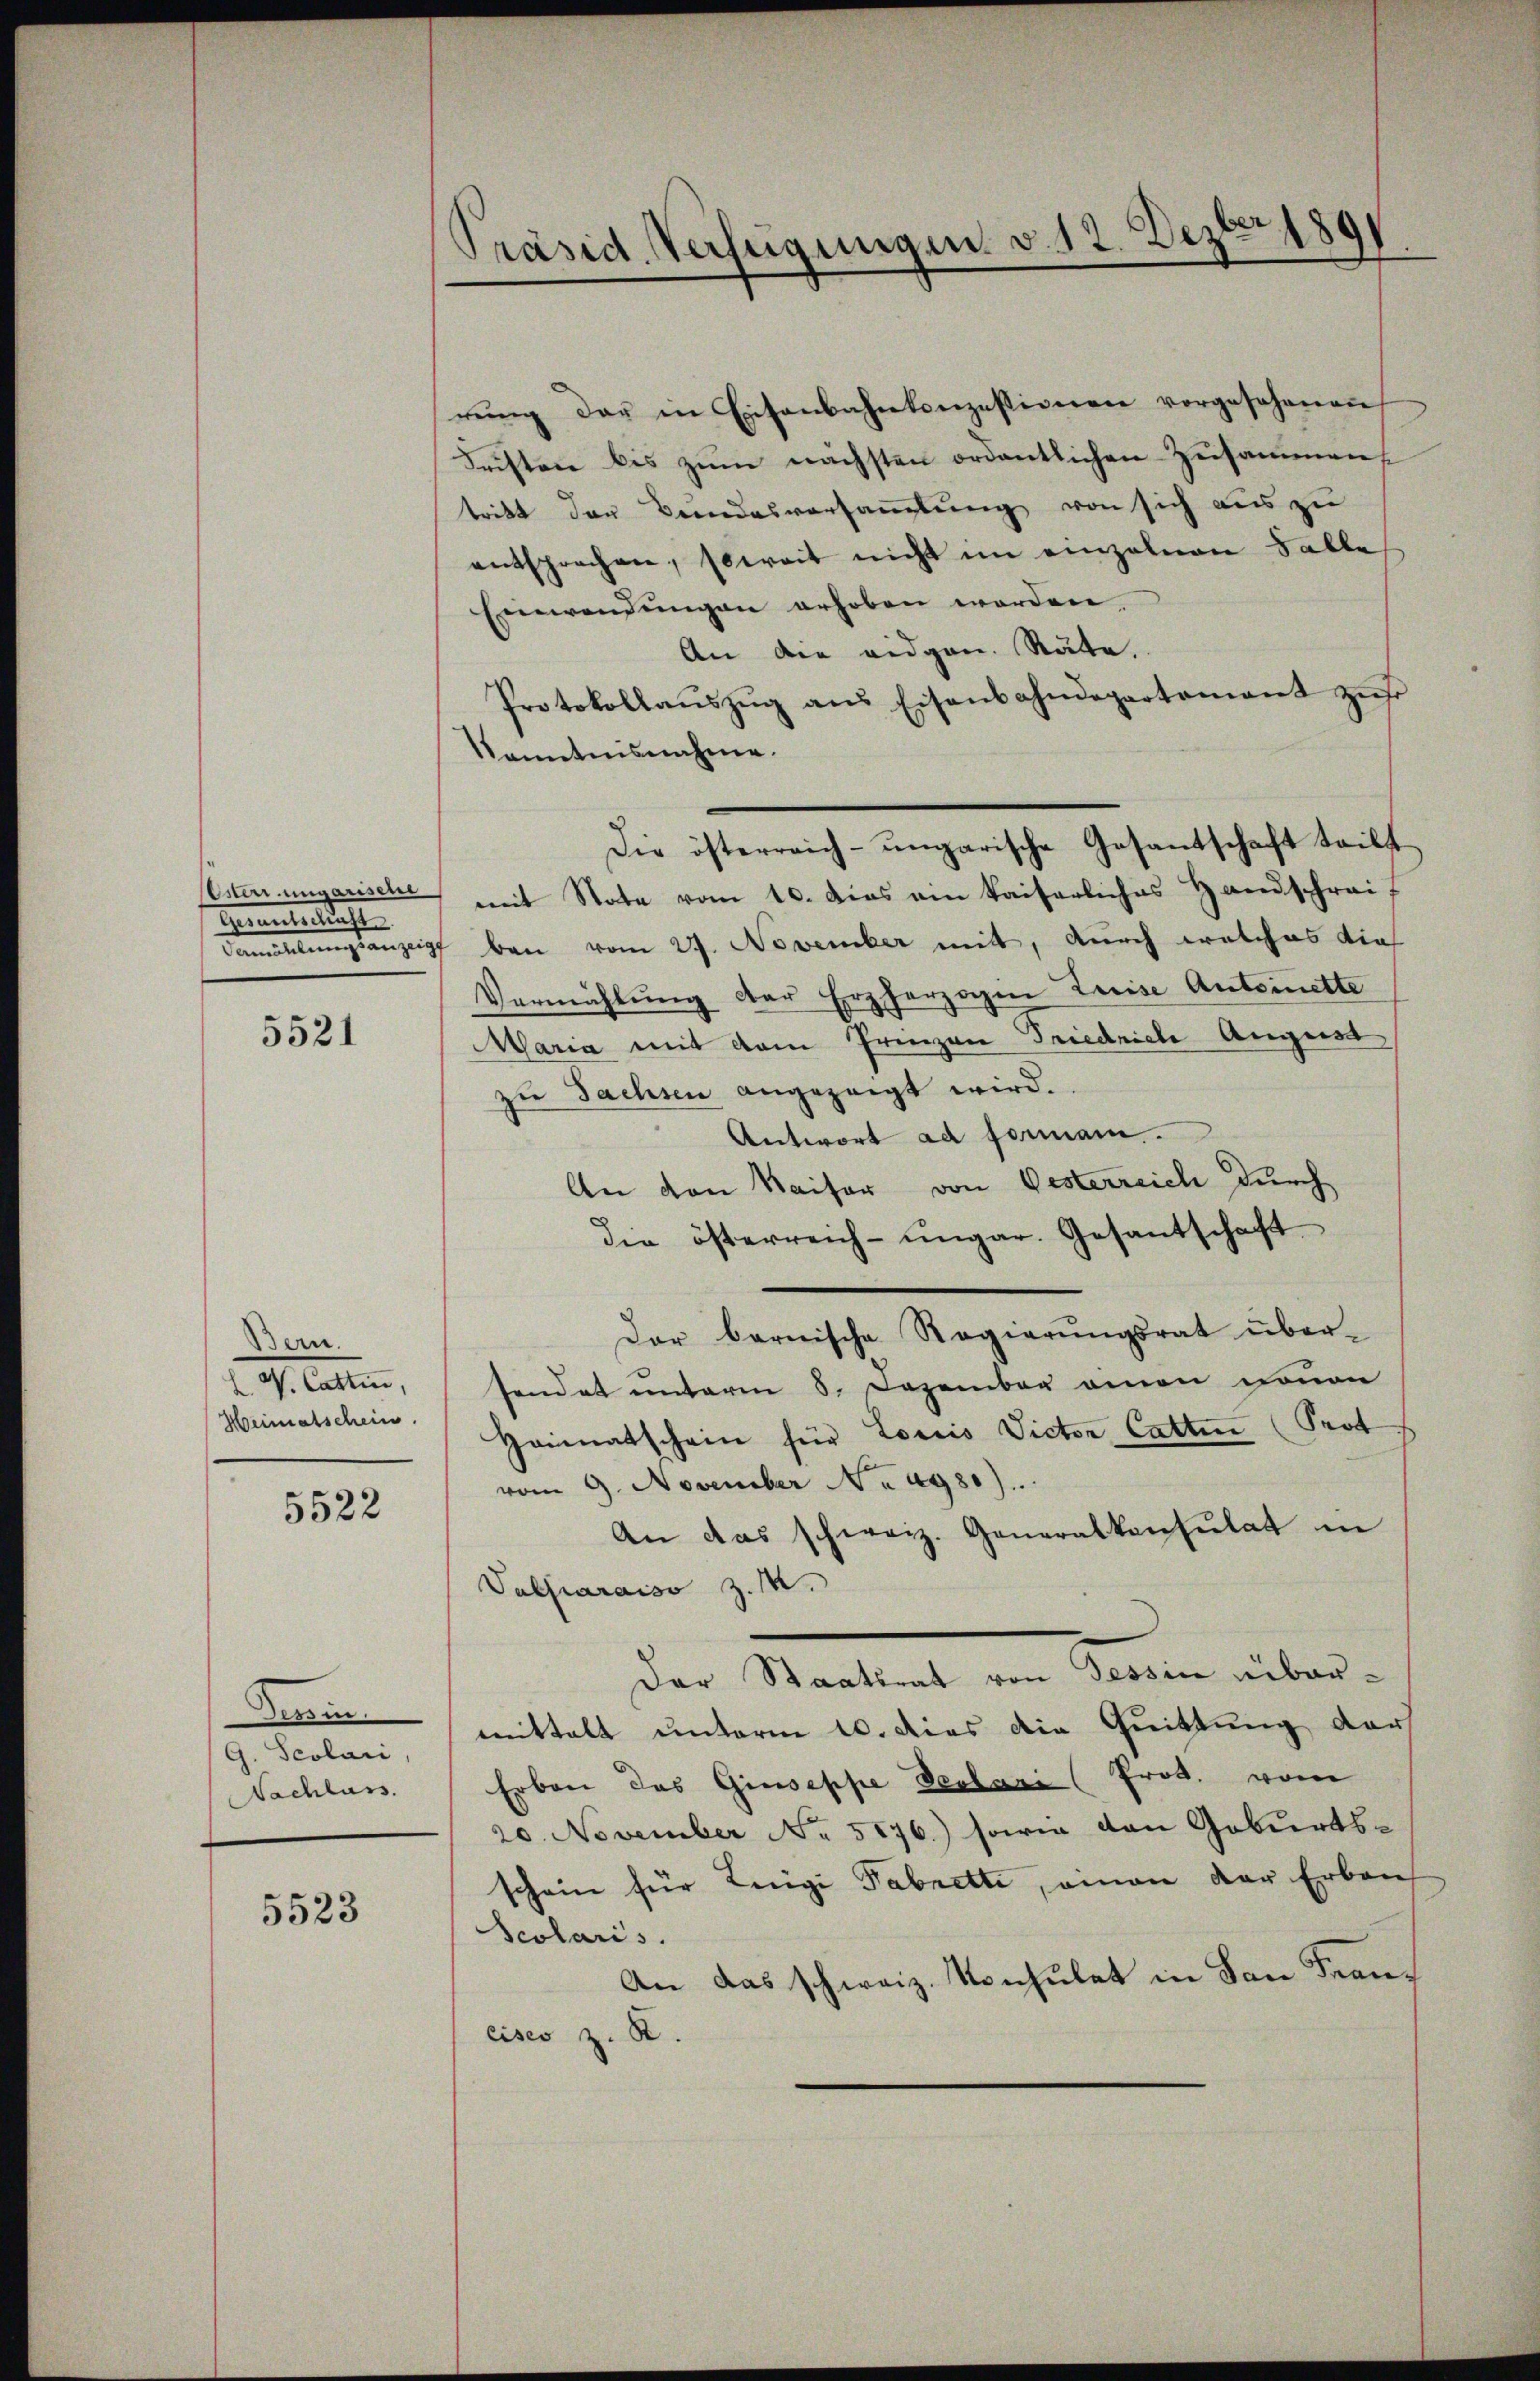
Gesandtschaft.

5521

Den.
H. W. Cattin,
Heimatschein.

5522

Semin.
G. Scolari,
Nachlass.

5523

[Präsid. Verfügungen. v. 12. Dezbr 1891

rung der in Eisenbahnkonzessionen vorgesehenen
Fristen bis zum nächsten ordentlichen Zusammens
tritt der Beendesversammlung von sich aus zu
entsprechen, soweit nicht im einzelnen Falle
Einwendungen erhoben worden.
An die eidgen. Räte,
Protokollaŭszŭg ans Eisenbahndepartament zŭs
kanntnisnahme.
Ester ungarische mit Note vom 10. Das ein kaiserliches Handschreif
Famellungsanzeigt bei vom 27. November mit, durch welches die¬
Vermählung der Erzherzogen Kreise Antoinette
Maria mit dem Prinzen Friedriche August
zu Sachsen angezeigt wird.
Antwort ad Formann.
An von Kaiser von Gesterreich durch
die österreich-ungar. Gesantschaft
Der bernische Regierŭngsrat über-
sendet unterm 5. Dezember einen Jonen
Heimatschein für Loris Victor Catten (Prot
vom 9. November No 4980).
An das schweiz. Generalkonsulat in
Valliaraiso z.
Der Staatsrat von Tessin eibarmittalt unterm 10. dies die Quittung der
Erben das Giuseppe Declari (Prod. vom
20. November No. 5176) sowie den Geburtsschein für Luigi Fabritte, einen der Erbau-
Beolaris.
An das schweiz. Konsulat in San Francisco z. B.

Die österreich-ungarische Gesantschaft teilt